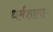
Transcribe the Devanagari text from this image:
धर्मशाला।